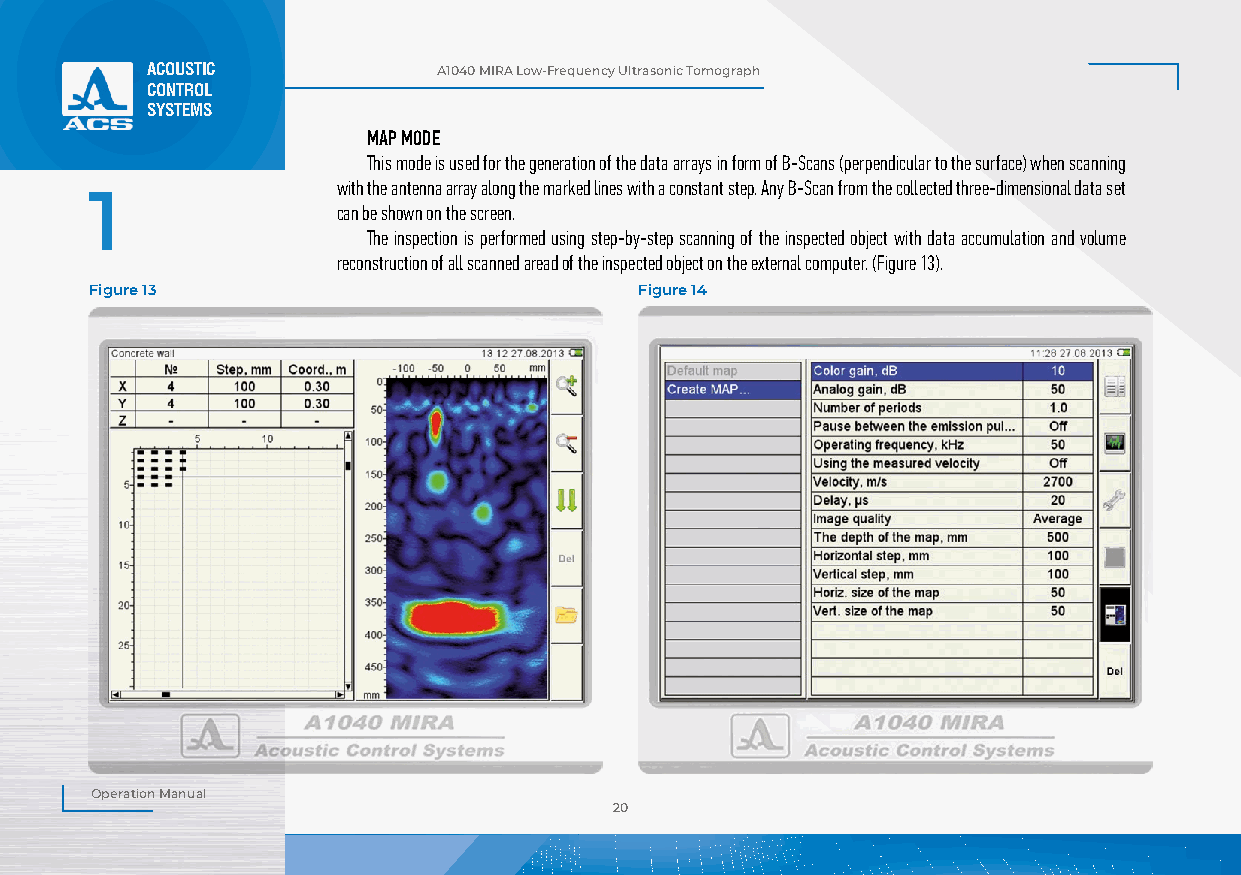
ACOUSTIC           А1040 MIRA Low-Frequency Ultrasonic Tomograph
 CONTROL
 SYSTEMS
 MAP MODE
 This mode is used for the generation of the data arrays in form of B-Scans (perpendicular to the surface) when scanning
 with the antenna array along the marked lines with a constant step. Any B-Scan from the collected three-dimensional data set
 1
 can be shown on the screen.
 The inspection is performed using step-by-step scanning of the inspected object with data accumulation and volume
 reconstruction of all scanned aread of the inspected object on the external computer. (Figure 13).
 Figure 13                           Figure 14
 Operation Manual
 20